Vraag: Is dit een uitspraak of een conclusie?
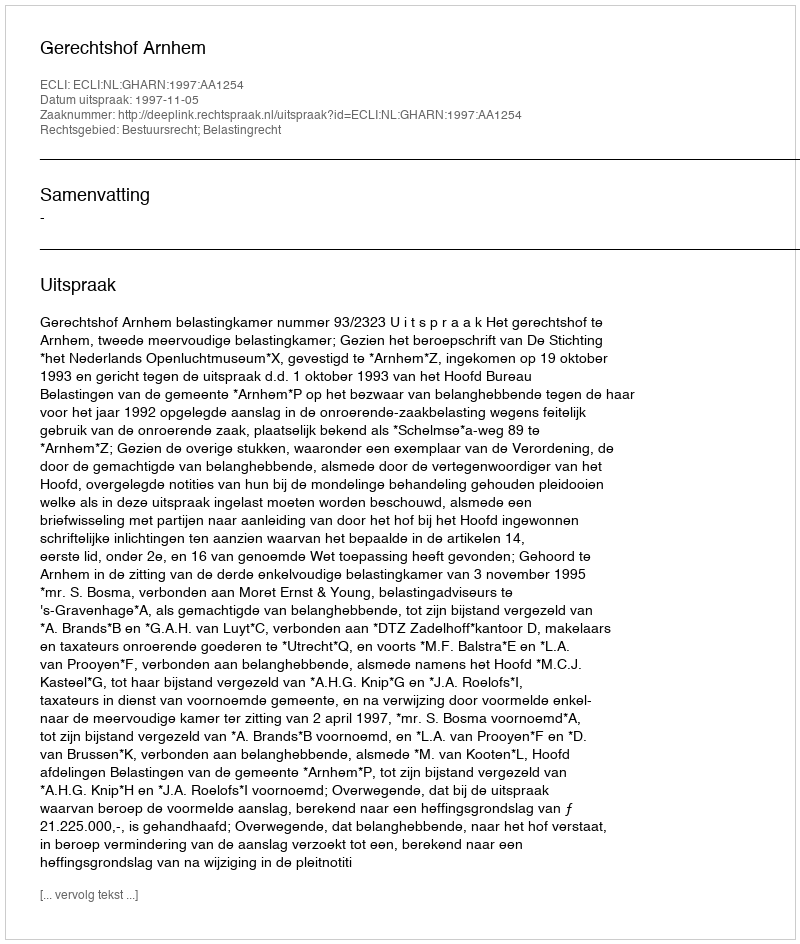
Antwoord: Uitspraak